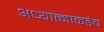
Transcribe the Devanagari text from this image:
अध्यात्माकडेच